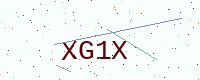
Text: XG1X